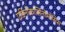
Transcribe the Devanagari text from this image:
एडिनोकार्सिनोमोसिस